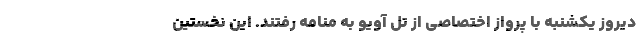
دیروز یکشنبه با پرواز اختصاصی از تل آویو به منامه رفتند. این نخستین